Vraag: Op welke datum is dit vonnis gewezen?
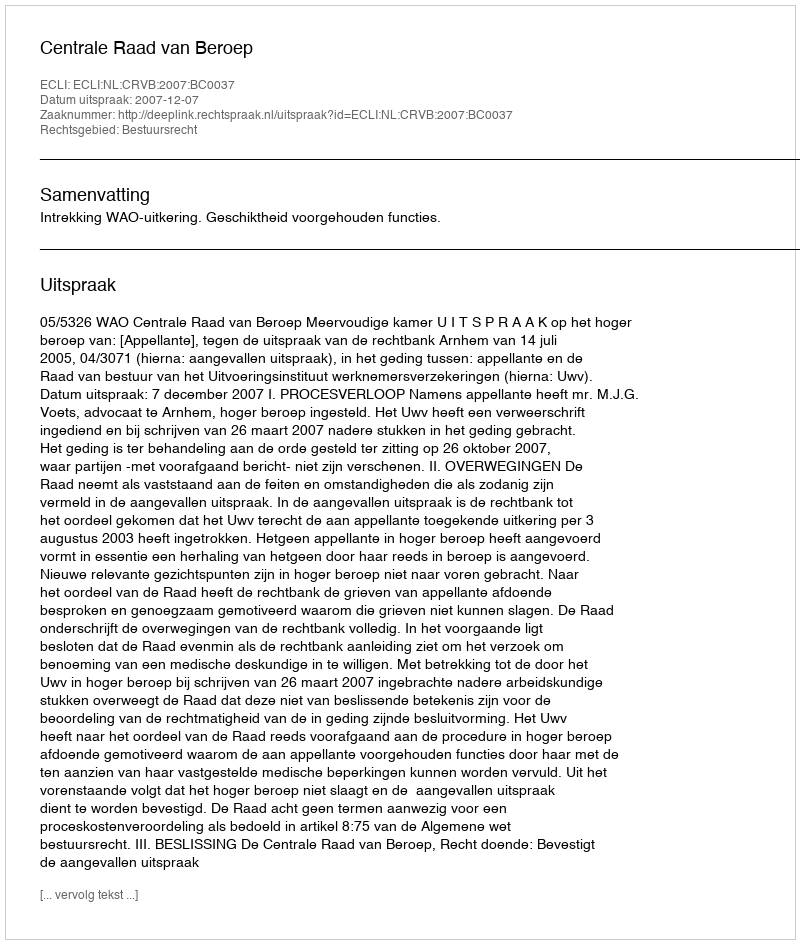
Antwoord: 2007-12-07